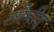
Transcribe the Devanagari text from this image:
लौमीद